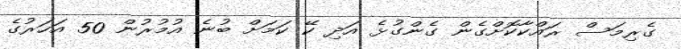
ގެރިމަސް ރައްކާކޮށްގެން ގެންގުުޅެ އަދި ކޭ ކަމަށް ބުނެ އުމުރުން 50 އަހަރުގެ